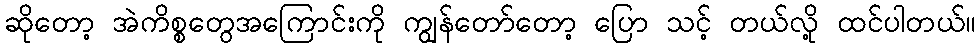
ဆိုတော့ အဲကိစ္စတွေအကြောင်းကို ကျွန်တော်တော့ ပြော သင့် တယ်လို့ ထင်ပါတယ်။